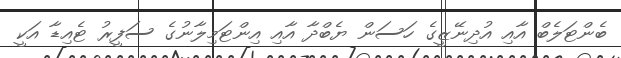
ބެންޓަލެބް އާއި އުދިނޭޒީގެ ހަސަން ޔެބްދާ އާއި އިންޓަމިލާނުގެ ސަފީރު ޓެއިޑާ އަކީ